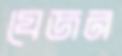
যেজন